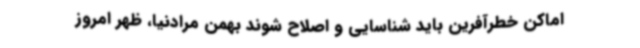
اماکن خطرآفرین باید شناسایی و اصلاح شوند بهمن مرادنیا، ظهر امروز